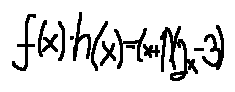
f ( x ) \cdot h ( x ) = ( x + 1 ) ( 2 x - 3 )